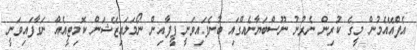
އެފްއޭއެމުން މީގެ ކުރިން ނެރުނު ނޫސްބަޔާނެއްގައި ބުނެފައިވަނީ ފީފާއިން ނޯމަލައިޒޭޝަން ކޮމިޓީއެއް ނަގާފައިވަނީ